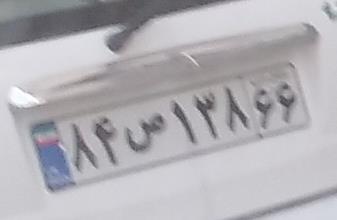
۸۴ص۱۳۸۶۶